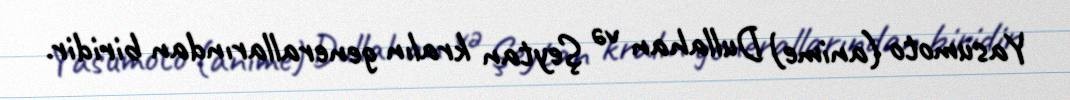
Yasumoto (anime) Dullahan və Şeytan kralın generallarından biridir.